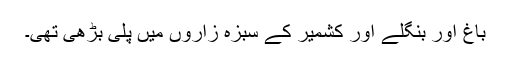
باغ اور بنگلے اور کشمیر کے سبزہ زاروں میں پلی بڑھی تھی۔